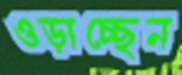
ওড়াচ্ছেন